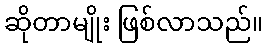
ဆိုတာမျိုး ဖြစ်လာသည်။